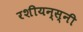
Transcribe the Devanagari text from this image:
रशीयन्स्नी